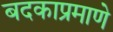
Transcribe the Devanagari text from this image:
बदकाप्रमाणे